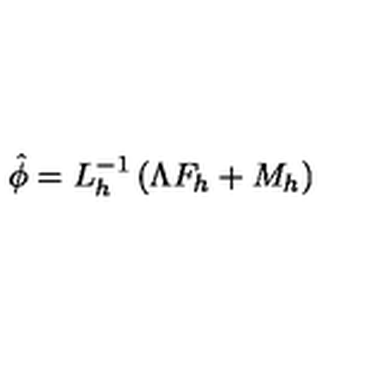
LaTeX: \hat { \phi } = L _ { h } ^ { - 1 } \left( \Lambda F _ { h } + M _ { h } \right)